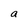
Character: a